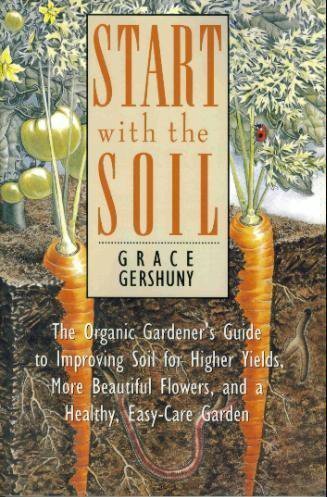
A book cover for Start With The Soil; Grace Gershuny; Crafts, Hobbies & Home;